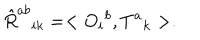
\hat { R } ^ { a b } { } _ { i k } = < O _ { i } { } ^ { b } , T ^ { a } { } _ { k } > .